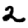
Digit: 2